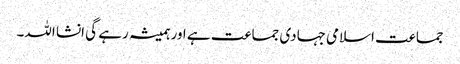
جماعت اسلامی جہادی جماعت ہے اور ہمیشہ رہے گی انشا اللہ۔